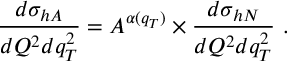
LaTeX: \frac { d \sigma _ { h A } } { d Q ^ { 2 } d q _ { T } ^ { 2 } } = A ^ { \alpha ( q _ { T } ) } \times \frac { d \sigma _ { h N } } { d Q ^ { 2 } d q _ { T } ^ { 2 } } \ .